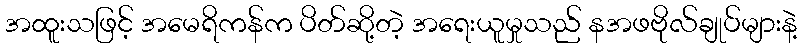
အထူးသဖြင့် အမေရိကန်က ပိတ်ဆို့တဲ့ အရေးယူမှုသည် နအဖဗိုလ်ချုပ်များနဲ့